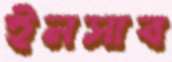
ইনসাব